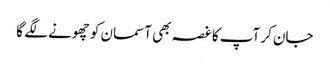
جان کر آپ کا غصہ بھی آسمان کو چھونے لگے گا